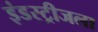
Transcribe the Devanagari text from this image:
इंडस्ट्रीजला